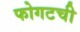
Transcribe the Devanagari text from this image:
फोगटची